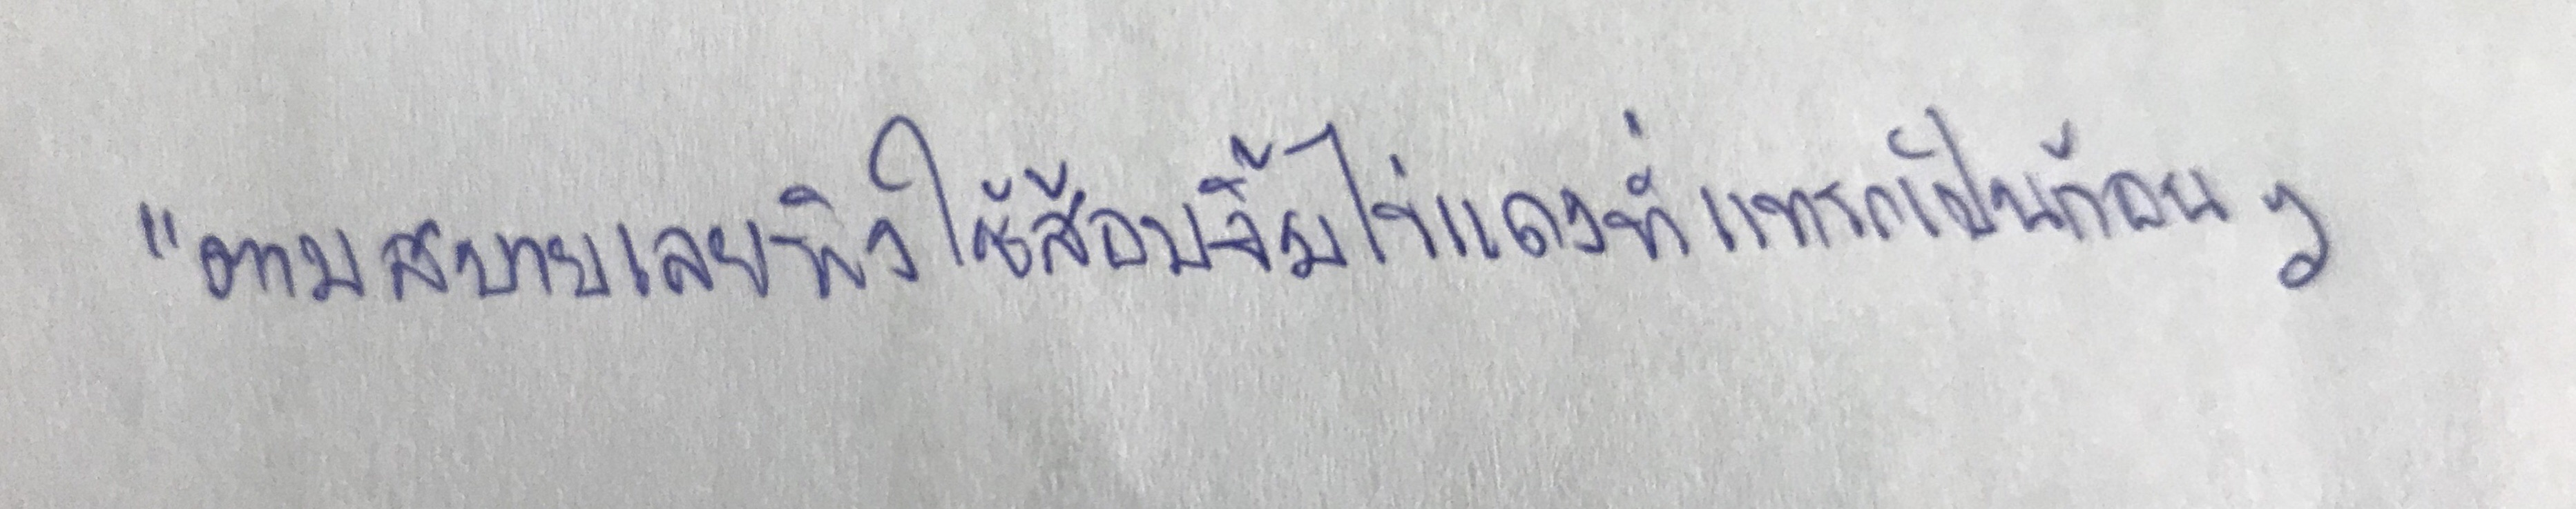
"ตามสบายเลยพิงใช้ส้อมจิ้มไข่แดงที่แทรกเป็นก้อนๆ